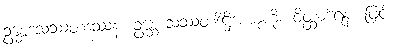
ဥစ္ဆေဒသဿတဒဿနံ၊ ဥစ္ဆေဒသဿတဒိဋ္ဌိအယူကို။ ဝိတ္ထာရေန၊ ဖြင့်။